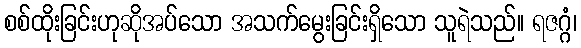
စစ်ထိုးခြင်းဟုဆိုအပ်သော အသက်မွေးခြင်းရှိသော သူရဲသည်။ ရဇဂ္ဂံ၊